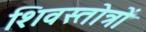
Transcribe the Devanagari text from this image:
शिवस्तोत्रों